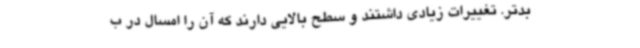
بدتر. تغییرات زیادی داشتند و سطح بالایی دارند که آن را امسال در ب